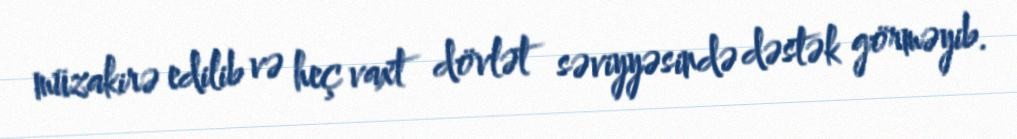
müzakirə edilib və heç vaxt dövlət səviyyəsində dəstək görməyib.